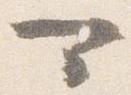
可